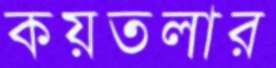
কয়তলার